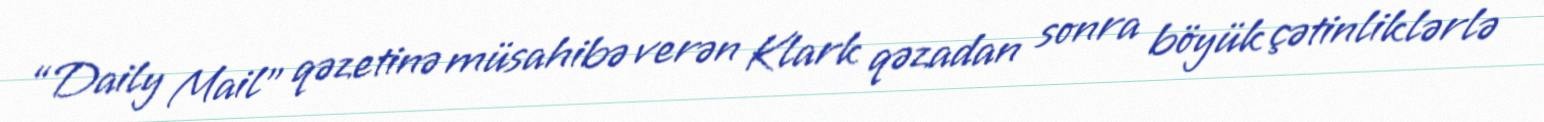
“Daily Mail” qəzetinə müsahibə verən Klark qəzadan sonra böyük çətinliklərlə